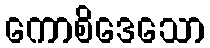
ကောစိဒေသော